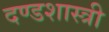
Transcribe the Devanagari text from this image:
दण्डशास्त्री